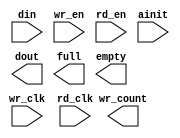
module bigfifo (
	din,
	wr_en,
	wr_clk,
	rd_en,
	rd_clk,
	ainit,
	dout,
	full,
	empty,
	wr_count);

input [8 : 0] din;
input wr_en;
input wr_clk;
input rd_en;
input rd_clk;
input ainit;
output [8 : 0] dout;
output full;
output empty;
output [15 : 0] wr_count;

// synopsys translate_off

	ASYNC_FIFO_V6_0 #(
		9,	// c_data_width
		0,	// c_enable_rlocs
		65535,	// c_fifo_depth
		0,	// c_has_almost_empty
		0,	// c_has_almost_full
		0,	// c_has_rd_ack
		0,	// c_has_rd_count
		0,	// c_has_rd_err
		0,	// c_has_wr_ack
		1,	// c_has_wr_count
		0,	// c_has_wr_err
		0,	// c_rd_ack_low
		2,	// c_rd_count_width
		0,	// c_rd_err_low
		1,	// c_use_blockmem
		0,	// c_wr_ack_low
		16,	// c_wr_count_width
		0)	// c_wr_err_low
	inst (
		.DIN(din),
		.WR_EN(wr_en),
		.WR_CLK(wr_clk),
		.RD_EN(rd_en),
		.RD_CLK(rd_clk),
		.AINIT(ainit),
		.DOUT(dout),
		.FULL(full),
		.EMPTY(empty),
		.WR_COUNT(wr_count),
		.ALMOST_FULL(),
		.ALMOST_EMPTY(),
		.RD_COUNT(),
		.RD_ACK(),
		.RD_ERR(),
		.WR_ACK(),
		.WR_ERR());


// synopsys translate_on

endmodule